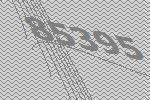
85395